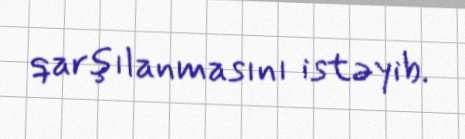
qarşılanmasını istəyib.